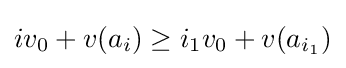
iv_{0}+v(a_{i})\geq i_{1}v_{0}+v(a_{i_{1}})